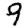
Digit: 9